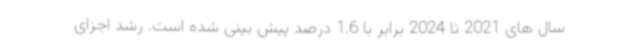
سال های 2021 تا 2024 برابر با 1.6 درصد پیش بینی شده است. رشد اجزای